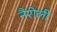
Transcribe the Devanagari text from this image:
नैरोली